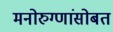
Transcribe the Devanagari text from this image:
मनोरुग्णांसोबत